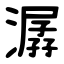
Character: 潺